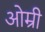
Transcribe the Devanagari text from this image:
ओम्री